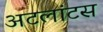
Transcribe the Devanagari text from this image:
अटलांटस